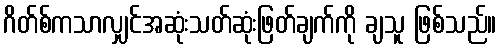
ဂိတ်စ်ကသာလျှင်အဆုံးသတ်ဆုံးဖြတ်ချက်ကို ချသူ ဖြစ်သည်။